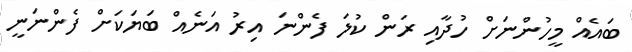
ބައެއް މީހުންނަށް ހުދާއި ރަން ކުލަ ފެންނަ އިރު އަނެއް ބަޔަކަށް ފެންނަނީ